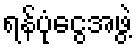
ရန်ပုံငွေအဖွဲ့